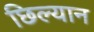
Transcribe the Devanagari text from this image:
छिल्यान